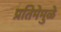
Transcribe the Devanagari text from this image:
प्रतिमेमुळे